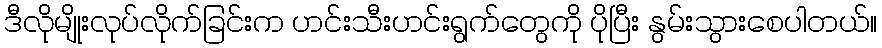
ဒီလိုမျိုးလုပ်လိုက်ခြင်းက ဟင်းသီးဟင်းရွက်တွေကို ပိုပြီး နွမ်းသွားစေပါတယ်။